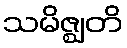
သမိဇ္ဈတိ